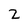
Character: 2